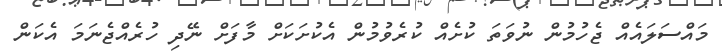
މައްސަލައެއް ޖެހުމުން ނުވަތަ ކުށެއް ކުރެވުމުން އެކުށަކަށް މާފަށް ނޭދި ހުރެއްޖެނަމަ އެކަން